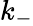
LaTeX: k_{-}